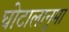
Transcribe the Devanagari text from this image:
घोटालानुमा